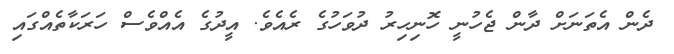
ދެން އެތަނަށް ދާން ޖެހުނީ ހޮނިހިރު ދުވަހުގެ ރެއެވެ. އީދުގެ އެއްވެސް ހަރަކާތެއްގައި